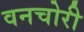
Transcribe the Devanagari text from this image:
वनचोरी